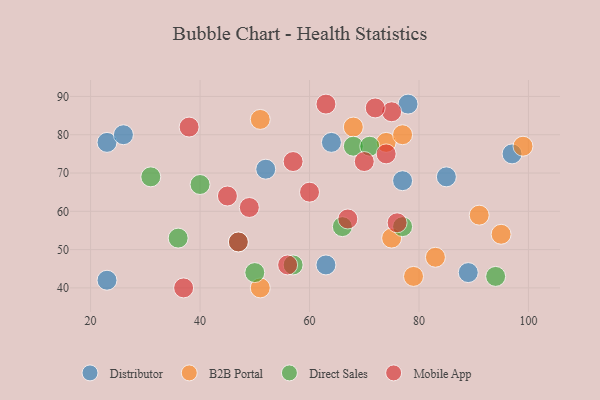
{"axis": {"x": "GDP", "y": "Life Expectancy"}, "legend": ["B2B Portal", "Direct Sales", "Distributor", "Mobile App"], "data": [{"x": "78", "y": 88, "type": "Distributor"}, {"x": "77", "y": 68, "type": "Distributor"}, {"x": "23", "y": 78, "type": "Distributor"}, {"x": "63", "y": 46, "type": "Distributor"}, {"x": "52", "y": 71, "type": "Distributor"}, {"x": "97", "y": 75, "type": "Distributor"}, {"x": "64", "y": 78, "type": "Distributor"}, {"x": "23", "y": 42, "type": "Distributor"}, {"x": "85", "y": 69, "type": "Distributor"}, {"x": "89", "y": 44, "type": "Distributor"}, {"x": "26", "y": 80, "type": "Distributor"}, {"x": "51", "y": 40, "type": "B2B Portal"}, {"x": "91", "y": 59, "type": "B2B Portal"}, {"x": "74", "y": 78, "type": "B2B Portal"}, {"x": "99", "y": 77, "type": "B2B Portal"}, {"x": "95", "y": 54, "type": "B2B Portal"}, {"x": "51", "y": 84, "type": "B2B Portal"}, {"x": "83", "y": 48, "type": "B2B Portal"}, {"x": "75", "y": 53, "type": "B2B Portal"}, {"x": "77", "y": 80, "type": "B2B Portal"}, {"x": "68", "y": 82, "type": "B2B Portal"}, {"x": "79", "y": 43, "type": "B2B Portal"}, {"x": "66", "y": 56, "type": "Direct Sales"}, {"x": "40", "y": 67, "type": "Direct Sales"}, {"x": "31", "y": 69, "type": "Direct Sales"}, {"x": "68", "y": 77, "type": "Direct Sales"}, {"x": "57", "y": 46, "type": "Direct Sales"}, {"x": "71", "y": 77, "type": "Direct Sales"}, {"x": "77", "y": 56, "type": "Direct Sales"}, {"x": "94", "y": 43, "type": "Direct Sales"}, {"x": "36", "y": 53, "type": "Direct Sales"}, {"x": "47", "y": 52, "type": "Direct Sales"}, {"x": "50", "y": 44, "type": "Direct Sales"}, {"x": "45", "y": 64, "type": "Mobile App"}, {"x": "75", "y": 86, "type": "Mobile App"}, {"x": "60", "y": 65, "type": "Mobile App"}, {"x": "57", "y": 73, "type": "Mobile App"}, {"x": "70", "y": 73, "type": "Mobile App"}, {"x": "72", "y": 87, "type": "Mobile App"}, {"x": "49", "y": 61, "type": "Mobile App"}, {"x": "37", "y": 40, "type": "Mobile App"}, {"x": "67", "y": 58, "type": "Mobile App"}, {"x": "63", "y": 88, "type": "Mobile App"}, {"x": "47", "y": 52, "type": "Mobile App"}, {"x": "74", "y": 75, "type": "Mobile App"}, {"x": "38", "y": 82, "type": "Mobile App"}, {"x": "56", "y": 46, "type": "Mobile App"}, {"x": "76", "y": 57, "type": "Mobile App"}]}